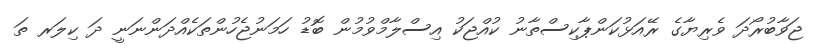
ޖަވާބުރޯދަ ވެރިޔާގެ ރޭއަޅުކަންޕާކިސްތާނު ކުއްޖަކު އިސްލާމްވުމުން ބޮޑު ހަމަނުޖެހުންތަކެއްދަންނަނީ ދަ ކިލަރ ތަ